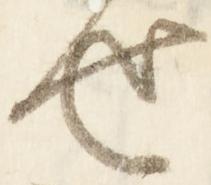
せ